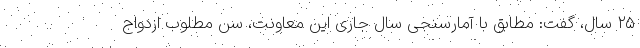
۲۵ سال، گفت: مطابق با آمارسنجی سال جاری این معاونت، سن مطلوب ازدواج